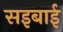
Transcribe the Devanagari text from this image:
सइबाई